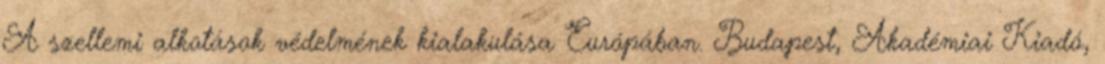
A szellemi alkotások védelmének kialakulása Európában. Budapest, Akadémiai Kiadó,